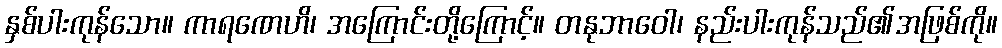
နှစ်ပါးကုန်သော။ ကာရဏေဟိ၊ အကြောင်းတို့ကြောင့်။ တနုဘာဝေါ၊ နည်းပါးကုန်သည်၏အဖြစ်ကို။